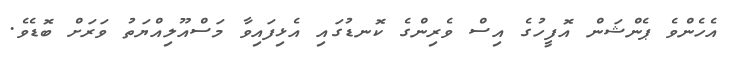
އެހެންވެ ޕެންޝަން އޮފީހުގެ އިސް ވެރިންގެ ކޮނޑުގައި އެޅިފައިވާ މަސްއޫލިއްޔަތު ވަރަށް ބޮޑެވެ.